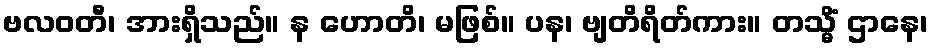
ဗလဝတီ၊ အားရှိသည်။ န ဟောတိ၊ မဖြစ်။ ပန၊ ဗျတိရိတ်ကား။ တသ္မိံ ဌာနေ၊